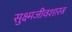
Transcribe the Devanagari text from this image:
सुक्ष्मजीवशास्त्र